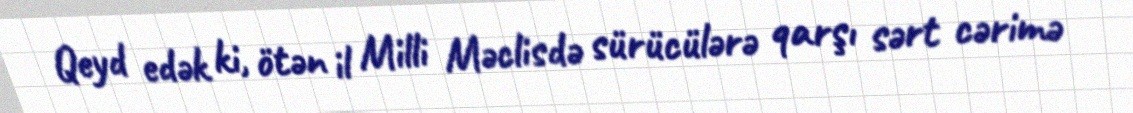
Qeyd edək ki, ötən il Milli Məclisdə sürücülərə qarşı sərt cərimə